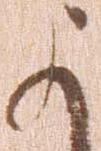
よ